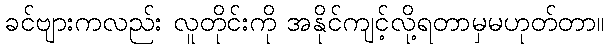
ခင်ဗျားကလည်း လူတိုင်းကို အနိုင်ကျင့်လို့ရတာမှမဟုတ်တာ။